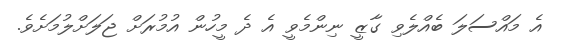
އެ މައްސަލަ ބެއްލެވި ގާޒީ ނިންމެވީ އެ ދެ މީހުން އުމުރަށް ޖަލަށްލުމަށެވެ.